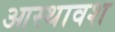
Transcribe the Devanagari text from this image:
आस्थावश